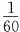
”变大””不变”或”变小”)。